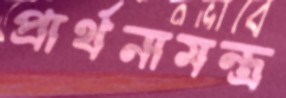
প্রার্থনামন্ত্র